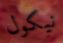
نيكول